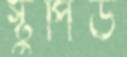
স্টুপিড